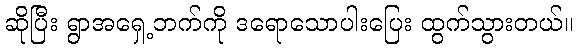
ဆိုပြီး ရွာအရှေ့ဘက်ကို ဒရောသောပါးပြေး ထွက်သွားတယ်။